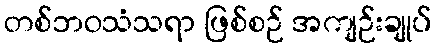
တစ်ဘဝသံသရာ ဖြစ်စဉ် အကျဉ်းချုပ်